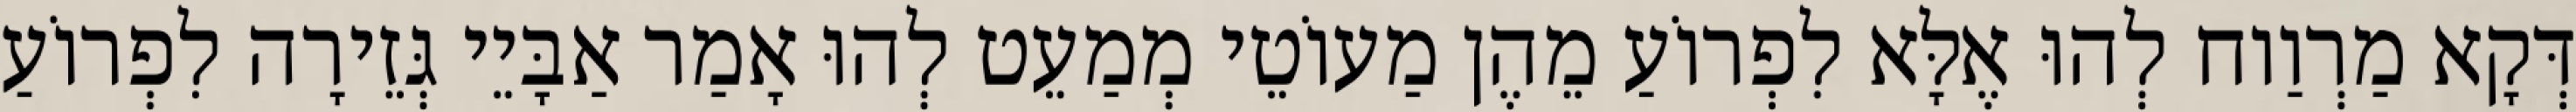
דְּקָא מַרְוַוח לְהוּ אֶלָּא לִפְרוֹעַ מֵהֶן מַעוֹטֵי מְמַעֵט לְהוּ אָמַר אַבָּיֵי גְּזֵירָה לִפְרוֹעַ